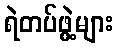
ရဲတပ်ဖွဲ့များ